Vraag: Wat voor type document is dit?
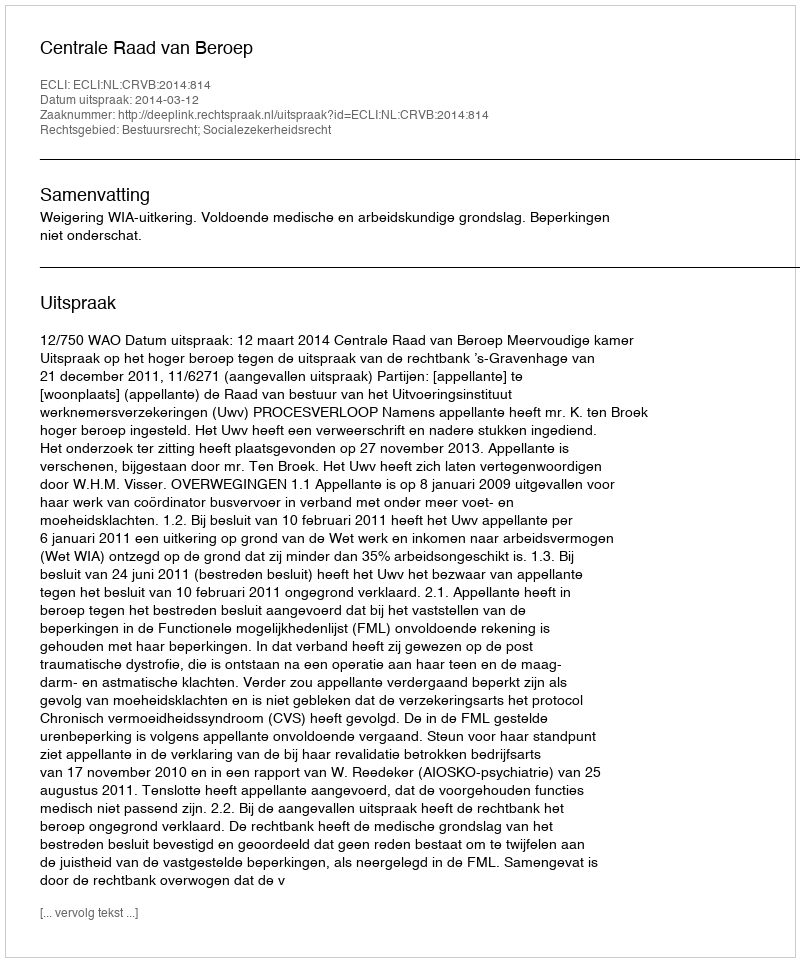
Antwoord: Uitspraak